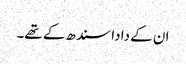
ان کے دادا سندھ کے تھے۔